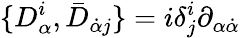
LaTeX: \{ D_{\alpha}^{i},\bar{D}_{\dot{\alpha}j}\} =i\delta_{j}^{i}\partial_{\alpha\dot{\alpha}}